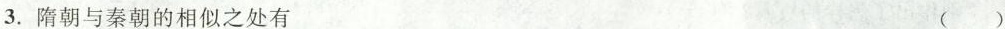
3.隋朝与秦朝的相似之处有 （）